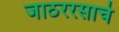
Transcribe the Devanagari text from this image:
जाठररसाचे